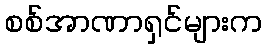
စစ်အာဏာရှင်များက